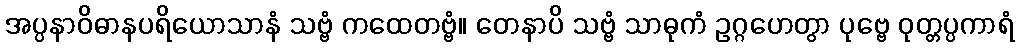
အပ္ပနာဝိဓာနပရိယောသာနံ သဗ္ဗံ ကထေတဗ္ဗံ။ တေနာပိ သဗ္ဗံ သာဓုကံ ဥဂ္ဂဟေတွာ ပုဗ္ဗေ ဝုတ္တပ္ပကာရံ